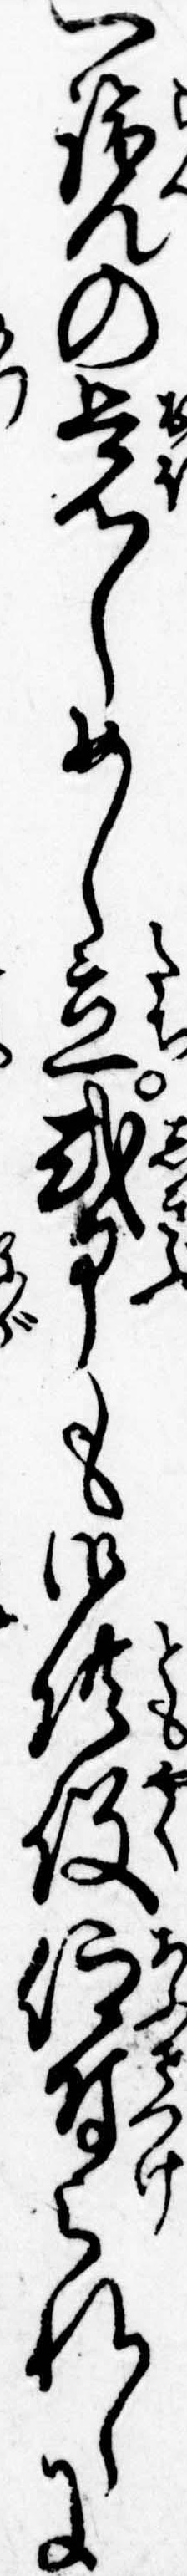
一覧の覚しめし立式部も御供役仰付られしに